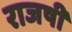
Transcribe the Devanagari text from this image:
राजषी